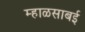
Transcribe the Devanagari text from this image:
म्हाळसाबई